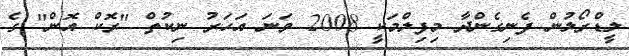
ލީޑްރޯލުން ފެނިގެންދާ މިފިލްމަކީ 2008 ވަނަ އަހަރު ނިކުތް "ރޮކް އޮން" ގެ